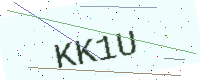
Text: KK1U